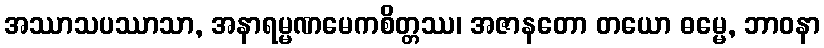
အဿာသပဿာသာ, အနာရမ္မဏမေကစိတ္တဿ၊ အဇာနတော တယော ဓမ္မေ, ဘာဝနာ